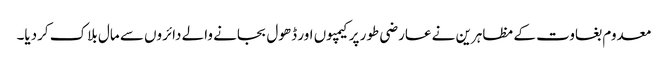
معدوم بغاوت کے مظاہرین نے عارضی طور پر کیمپوں اور ڈھول بجانے والے دائروں سے مال بلاک کردیا۔